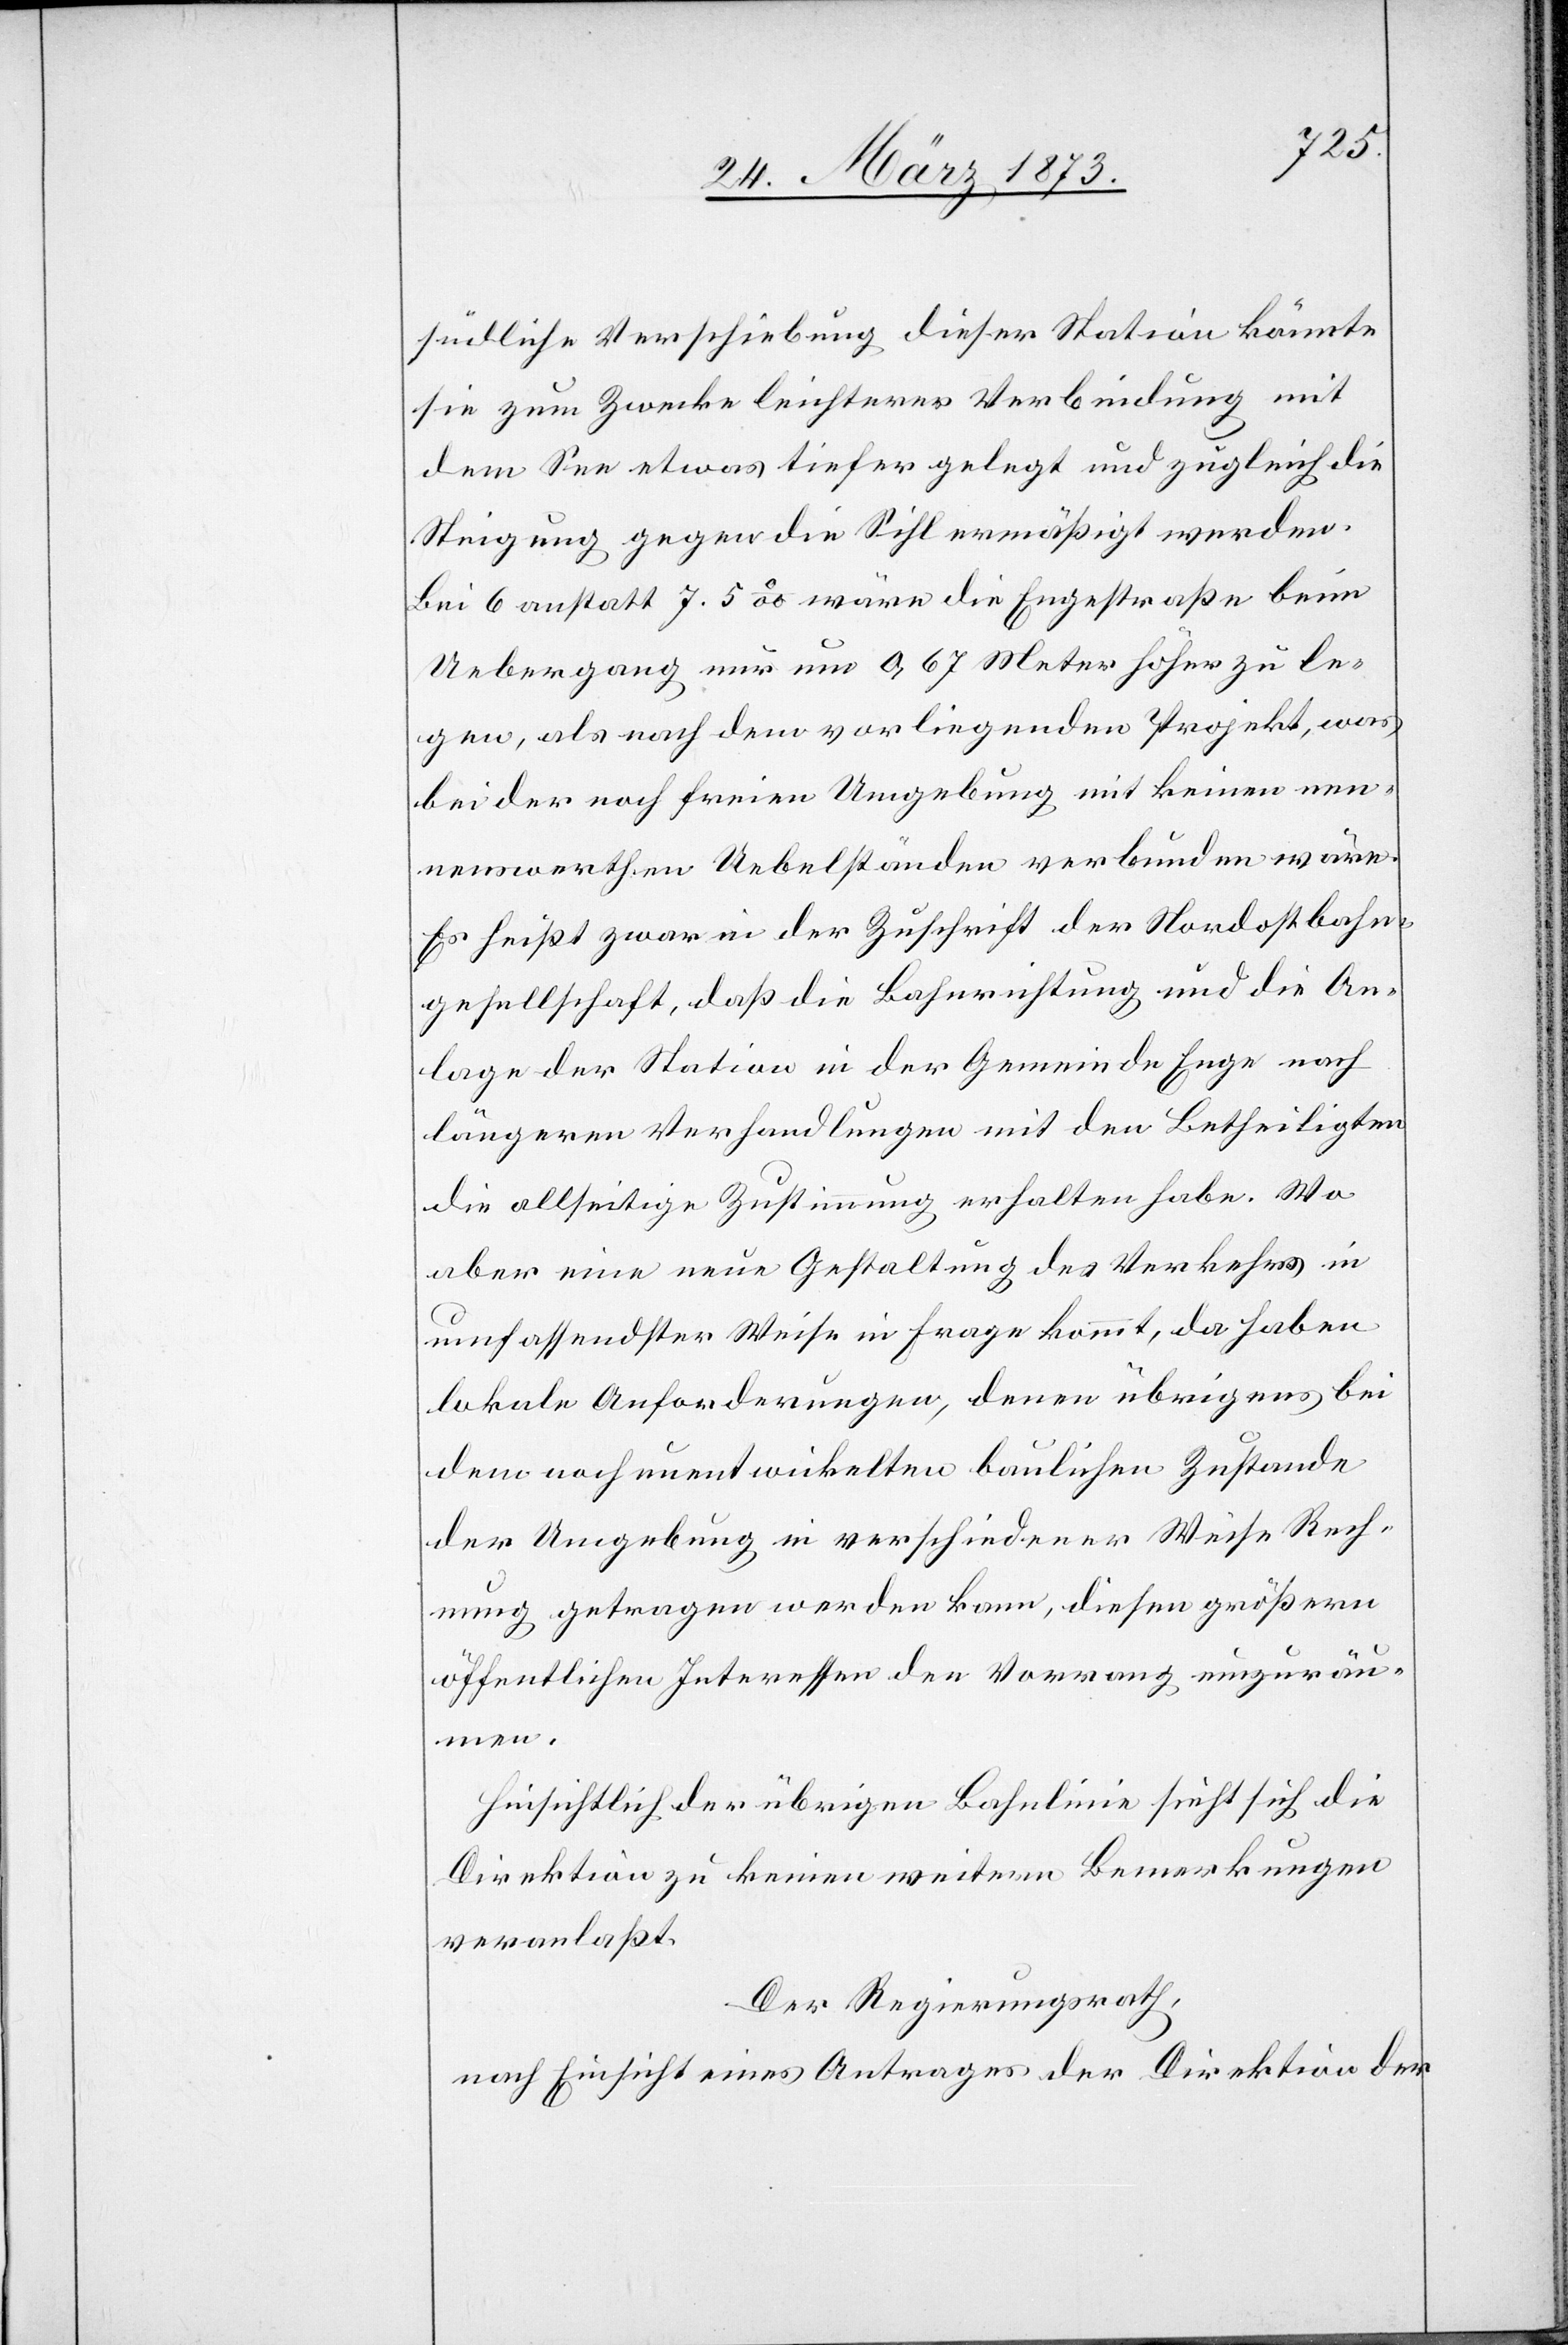
südliche Verschiebung dieser Station könnte
sie zum Zwecke leichterer Verbindung mit
dem See etwas tiefer gelegt und zugleich die
Steigung gegen die Sihl ermäßigt werden.
Bei 6 anstatt 7.5‰ wäre die Engestraße beim
Uebergang nur um 0.67 Meter höher zu le¬
gen, als nach dem vorliegenden Projekt, was
bei der noch freien Umgebung mit keinen nen¬
nenswerthen Uebelständen verbunden wäre.
Es heißt zwar in der Zuschrift der Nordostbahn¬
gesellschaft, daß die Bahnrichtung und die An¬
lage der Station in der Gemeinde Enge nach
längeren Verhandlungen mit den Betheiligten
die allseitige Zustimmung erhalten habe. Wo
aber eine neue Gestaltung des Verkehrs in
umfassendster Weise in Frage kommt, da haben
lokale Anforderungen, denen übrigens bei
dem noch unentwickelten baulichen Zustande
der Umgebung in verschiedener Weise Rech¬
nung getragen werden kann, diesen größern
öffentlichen Interessen den Vorrang einzurä¬
umen.
Hinsichtlich der übrigen Bahnlinie sieht sich die
Direktion zu keinen weitern Bemerkungen
veranlaßt.
Der Regierungsrath,
nach Einsicht eines Antrages der Direktion der